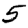
Digit: 5